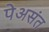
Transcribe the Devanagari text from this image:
पेअसंत